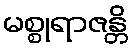
မစ္စုရာဇန္တိ